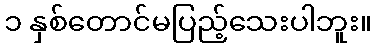
၁ နှစ်တောင်မပြည့်သေးပါဘူး။